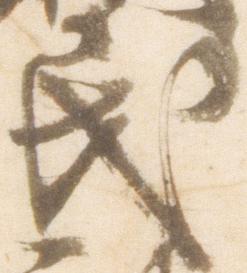
民